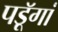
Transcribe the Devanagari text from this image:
पडॅ़ूगां